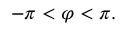
- \pi < \varphi < \pi .